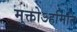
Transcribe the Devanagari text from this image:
मुक्तोऽहमिति